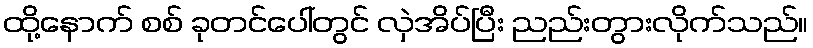
ထို့နောက် စစ် ခုတင်ပေါ်တွင် လှဲအိပ်ပြီး ညည်းတွားလိုက်သည်။